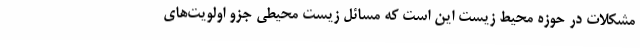
مشکلات در حوزه محیط زیست این است که مسائل زیست محیطی جزو اولویت‌های